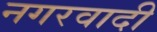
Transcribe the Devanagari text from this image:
नगरवादी